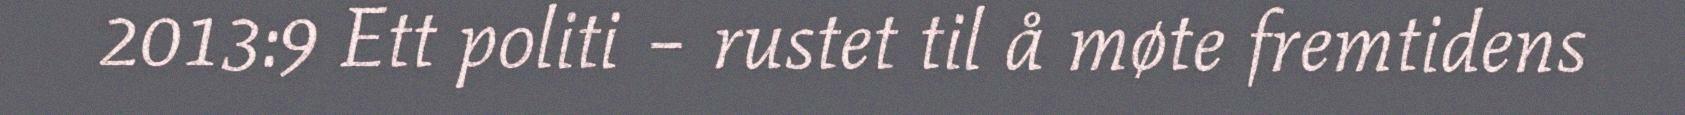
2013:9 Ett politi – rustet til å møte fremtidens